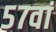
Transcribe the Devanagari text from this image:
५७वां